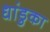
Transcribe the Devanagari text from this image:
धांडुका